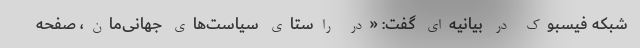
شبکه فیسبوک در بیانیه‌ای گفت: «در راستای سیاست‌های جهانی‌مان، صفحه